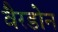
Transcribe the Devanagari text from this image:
वैरडोन